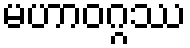
မဟာဝဂ္ဂဿ